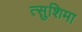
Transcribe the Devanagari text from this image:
त्सुशिमा